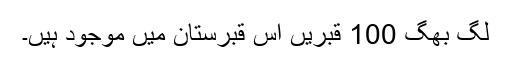
لگ بھگ 100 قبریں اس قبرستان میں موجود ہیں۔